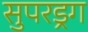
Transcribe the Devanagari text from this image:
सुपरड्रग